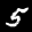
Label: 5